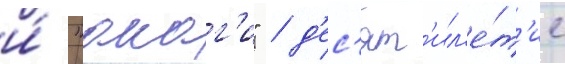
и́ "акаг'и" / д'ес'ят'ил'е́т'ие